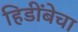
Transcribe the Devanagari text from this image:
हिडींबेचा